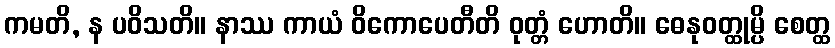
ကမတိ, န ပဝိသတိ။ နာဿ ကာယံ ဝိကောပေတီတိ ဝုတ္တံ ဟောတိ။ ဓေနုဝတ္ထုမ္ပိ စေတ္ထ